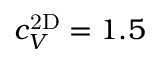
c _ { V } ^ { \mathrm { 2 D } } = 1 . 5